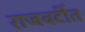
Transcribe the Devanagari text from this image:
राजवटींत